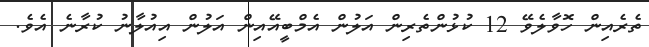
ތެރެއިން ހޮވާލެވޭ 12 ކުޅުންތެރިން އަލުން އެމްބީއޭއިން އަލުން އިއުލާނު ކުރާނެ އެވެ.